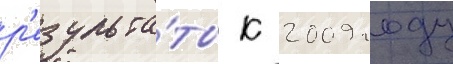
р'езульта́ты к 2009 году